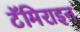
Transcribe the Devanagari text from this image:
टॅमिराइन